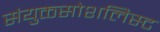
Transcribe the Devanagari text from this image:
संयुक्तसोशलिस्ट